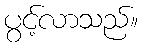
ပွင့်လာသည်။